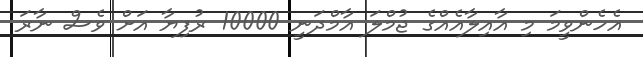
އެހެންވީމަ މި އާއިލާއެއްގެ ޖުމްލަ އާމްދަނީ 10000 ރުފިޔާ އަށް ވެސް ނާރަ